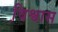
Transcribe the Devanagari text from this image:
वि़श्वास